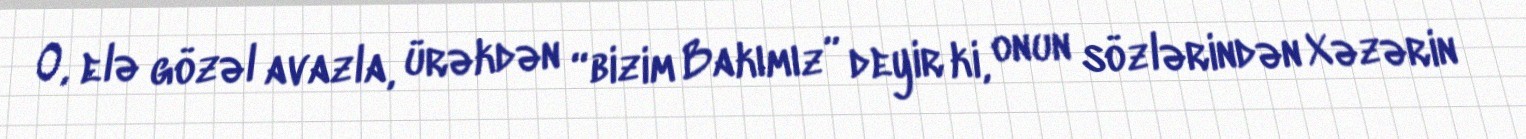
O, elə gözəl avazla, ürəkdən “bizim Bakımız” deyir ki, onun sözlərindən Xəzərin